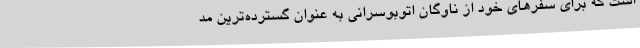
است که برای سفرهای خود از ناوگان اتوبوسرانی به عنوان گسترده‌ترین مد